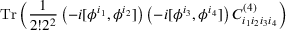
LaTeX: \mathrm { T r } \, \Big ( { \frac { 1 } { 2 ! 2 ^ { 2 } } } \left( - i [ \phi ^ { i _ { 1 } } , \phi ^ { i _ { 2 } } ] \right) \left( - i [ \phi ^ { i _ { 3 } } , \phi ^ { i _ { 4 } } ] \right) C _ { i _ { 1 } i _ { 2 } i _ { 3 } i _ { 4 } } ^ { ( 4 ) } \Big )